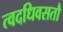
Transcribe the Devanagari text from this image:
त्वदधिवसतौ